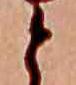
と